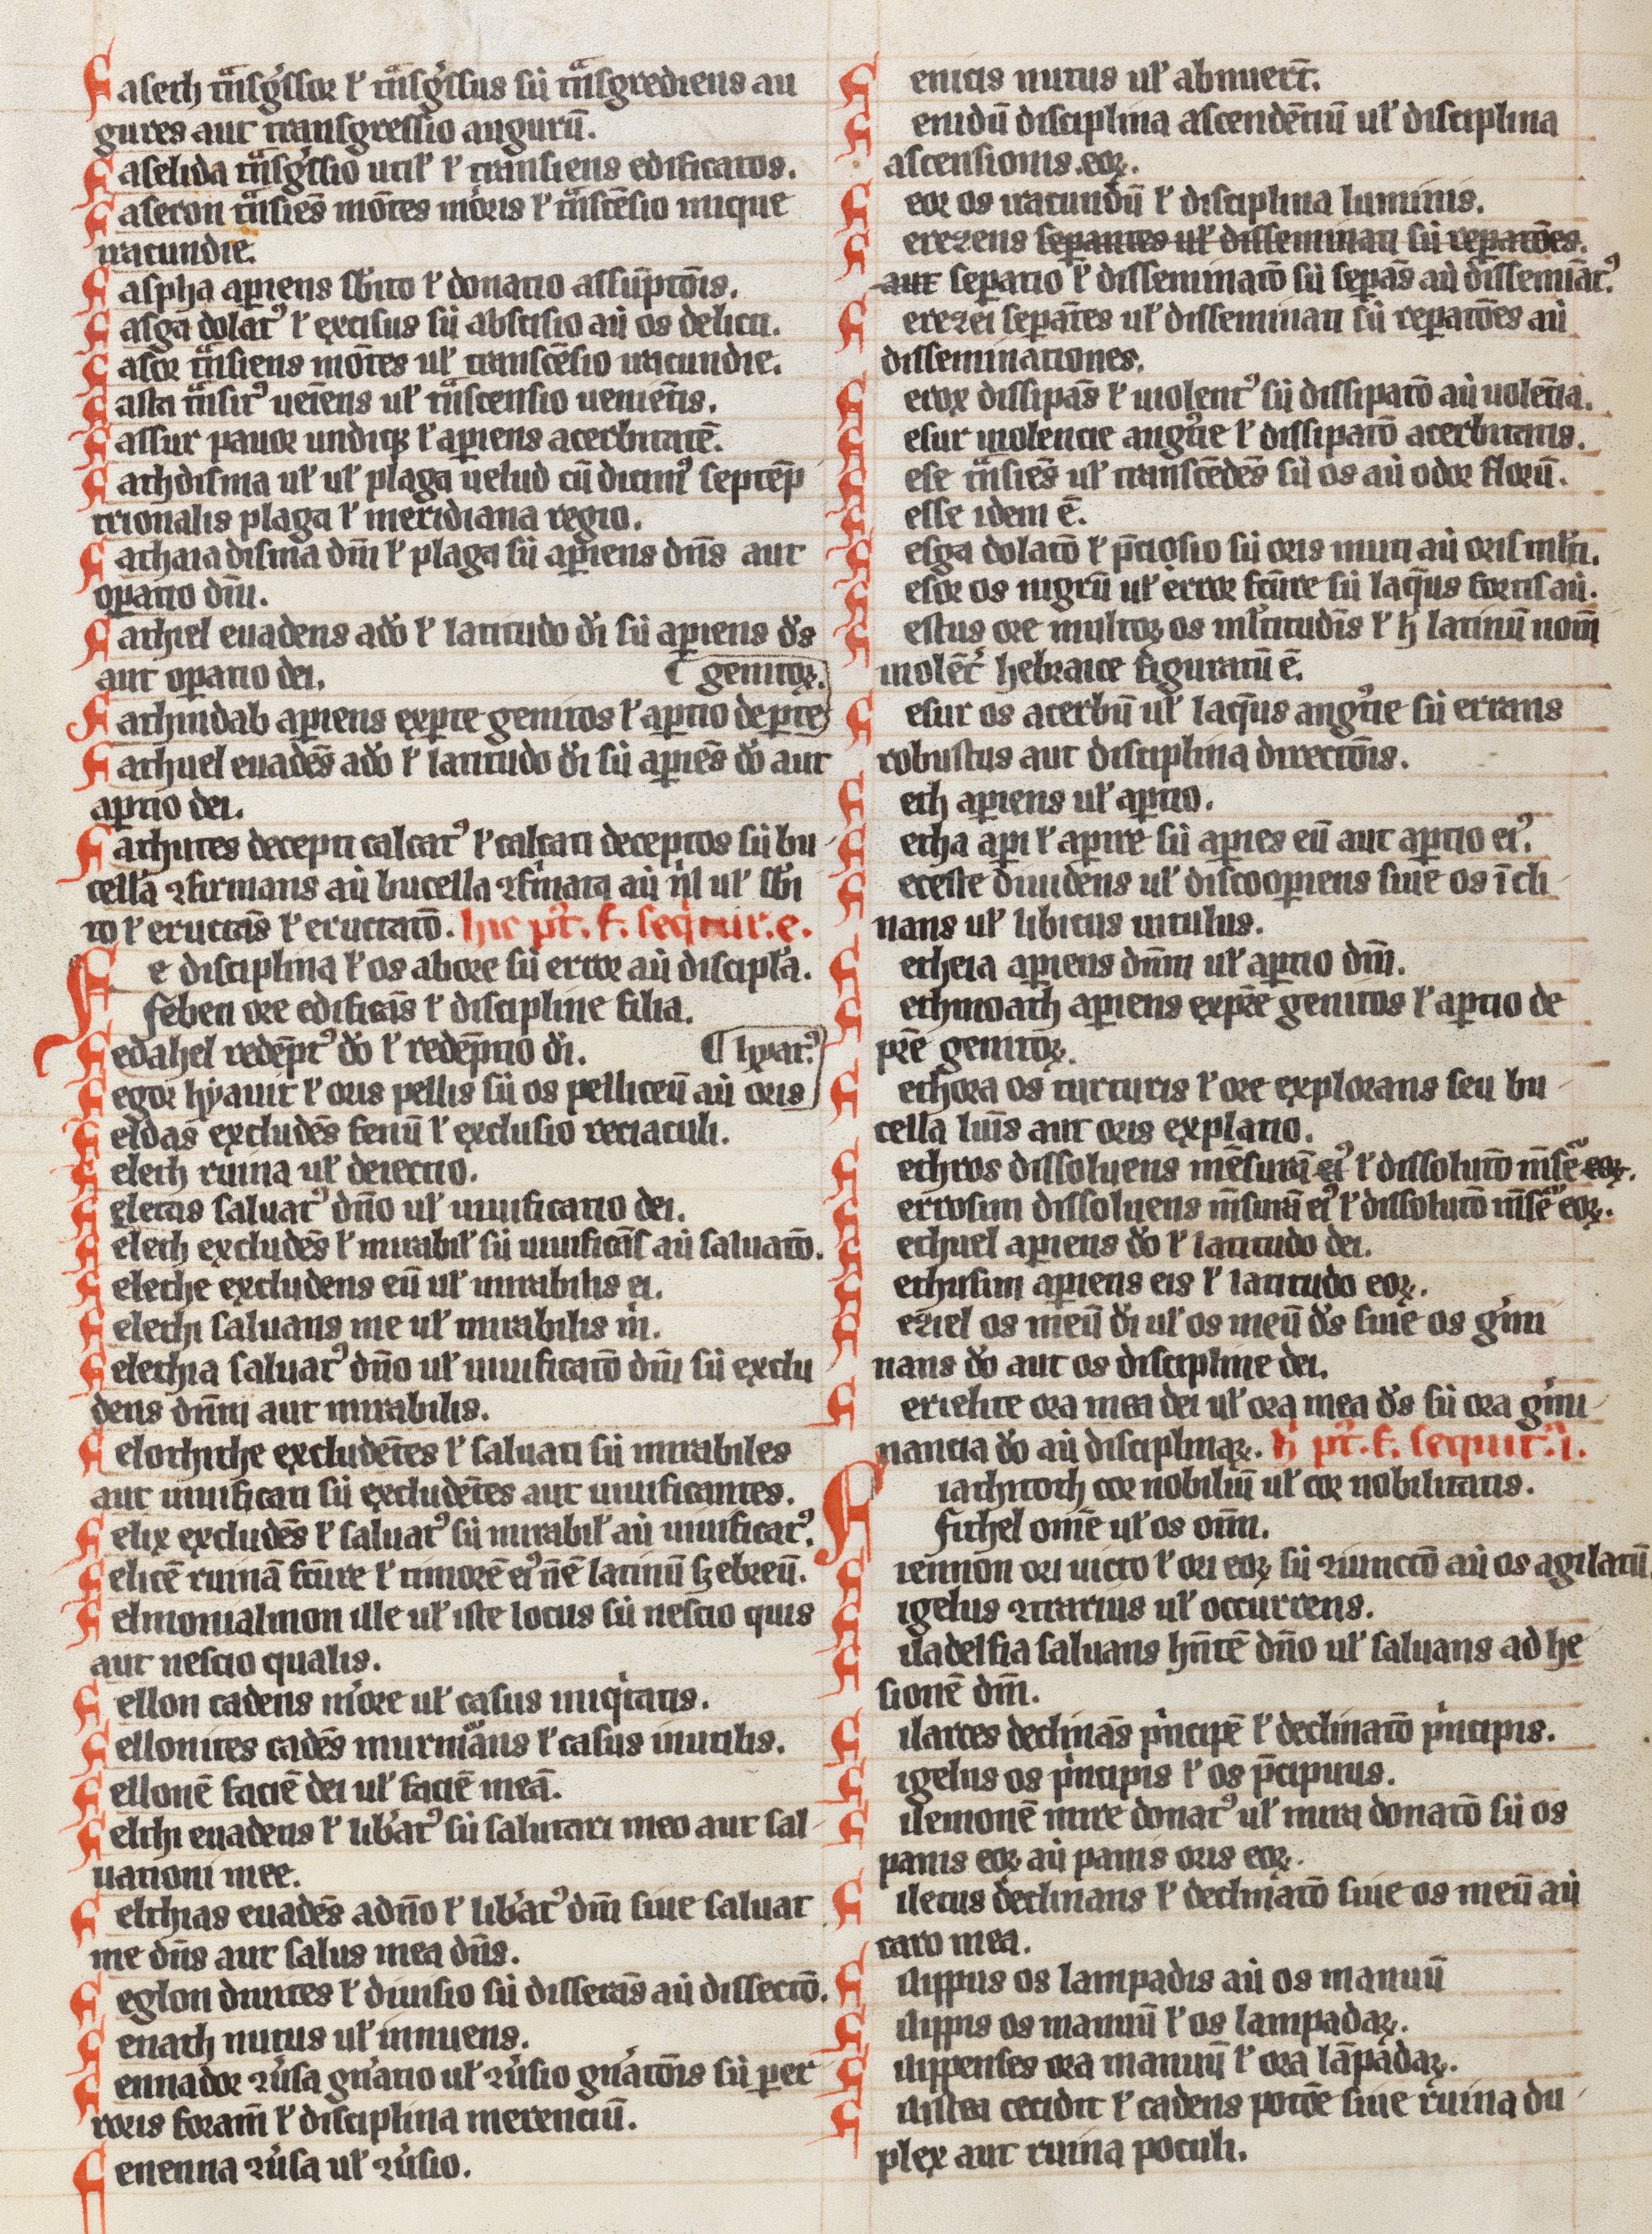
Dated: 1300–1324